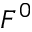
F ^ { 0 }